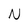
Character: N